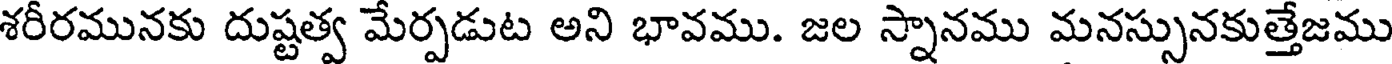
శరీరమునకు దుష్టత్వ మేర్పడుట అని భావము. జల స్నానము మనస్సునకుత్తేజము